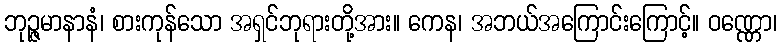
ဘုဉ္ဇမာနာနံ၊ စားကုန်သော အရှင်ဘုရားတို့အား။ ကေန၊ အဘယ်အကြောင်းကြောင့်။ ဝဏ္ဏော၊